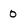
Character: 0